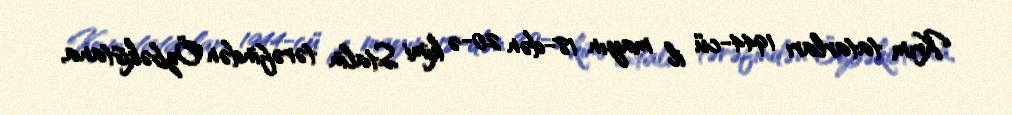
Krım tatarları 1944-cü il mayın 18-dən 20-ə kimi Stalin tərəfindən Özbəkistana,